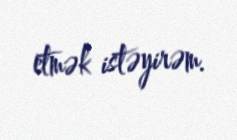
etmək istəyirəm.